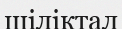
шіліктал